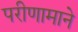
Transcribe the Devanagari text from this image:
परीणामाने